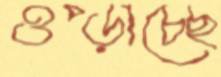
ওপ্‌ড়াচ্ছে